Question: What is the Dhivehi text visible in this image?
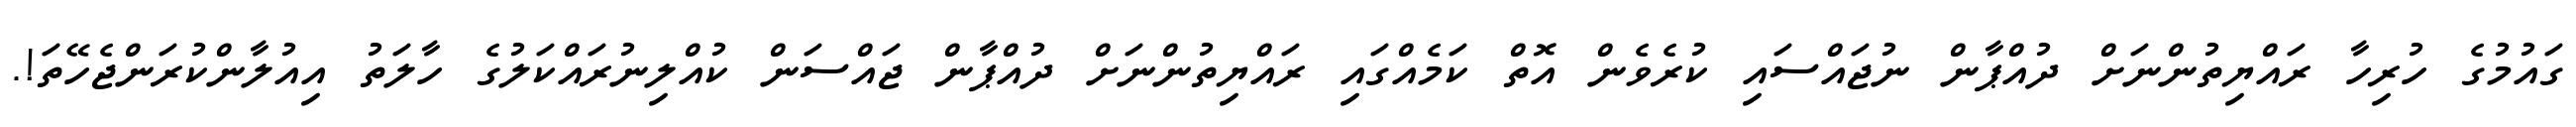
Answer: ގައުމުގެ ހުރިހާ ރައްޔިތުންނަށް ދުއްޕާން ނުޖައްސައި ކުރެވެން އޮތް ކަމެއްގައި ރައްޔިތުންނަށް ދުއްޕާން ޖައްސަން ކުއްލިނުރައްކަލުގެ ހާލަތު އިއުލާންކުރަންޖެހޭތަ!.